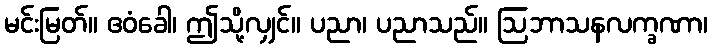
မင်းမြတ်။ ဧဝံခေါ၊ ဤသို့လျှင်။ ပညာ၊ ပညာသည်။ ဩဘာသနလက္ခဏာ၊